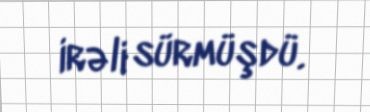
irəli sürmüşdü.